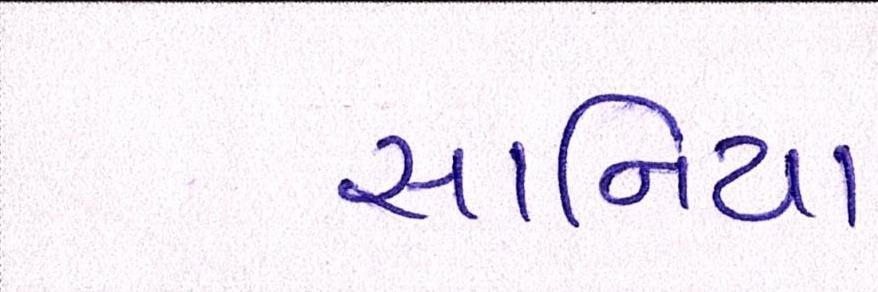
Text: સાનિયા